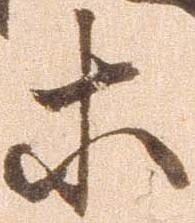
等